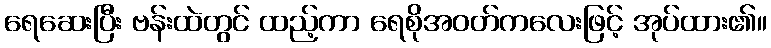
ရေဆေးပြီး ဗန်းထဲတွင် ထည့်ကာ ရေစိုအဝတ်ကလေးဖြင့် အုပ်ထား၏။